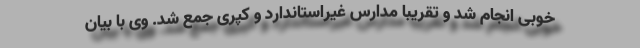
خوبی انجام شد و تقریبا مدارس غیراستاندارد و کپری جمع شد. وی با بیان